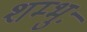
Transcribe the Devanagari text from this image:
शम्भुः